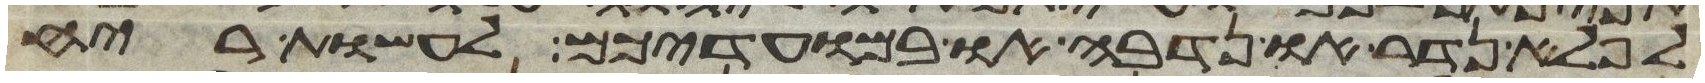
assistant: לפלא נדר או נדבה או במועדיכם לעשות ריח